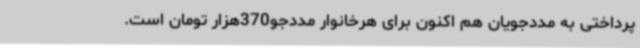
پرداختی به مددجویان هم اکنون برای هرخانوار مددجو370هزار تومان است.